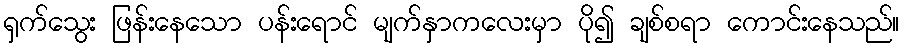
ရှက်သွေး ဖြန်းနေသော ပန်းရောင် မျက်နှာကလေးမှာ ပို၍ ချစ်စရာ ကောင်းနေသည်။